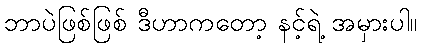
ဘာပဲဖြစ်ဖြစ် ဒီဟာကတော့ နင့်ရဲ့ အမှားပါ။